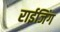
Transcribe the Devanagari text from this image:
राईजिंग